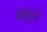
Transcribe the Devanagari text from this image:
वालुज